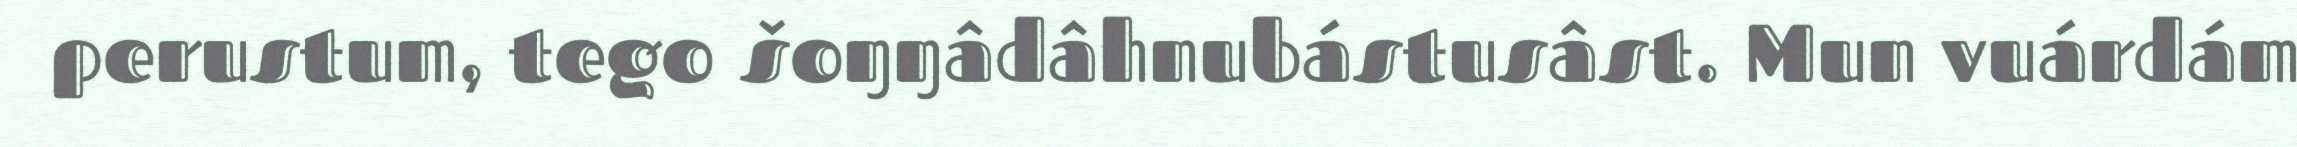
perustum, tego šoŋŋâdâhnubástusâst. Mun vuárdám